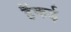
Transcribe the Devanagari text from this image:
हैंकई